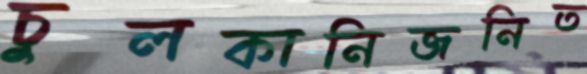
চুলকানিজনিত